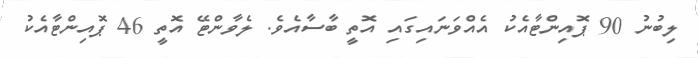
ލިބުނު 90 ޕޮއިންޓާއެކު އެއްވަނައިގައި އޮތީ ބާސާއެވެ. ލެވާންޓޭ އޮތީ 46 ޕޮއިންޓާއެކު